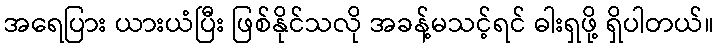
အရေပြား ယားယံပြီး ဖြစ်နိုင်သလို အခန့်မသင့်ရင် ဓါးရှဖို့ ရှိပါတယ်။